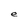
Character: e